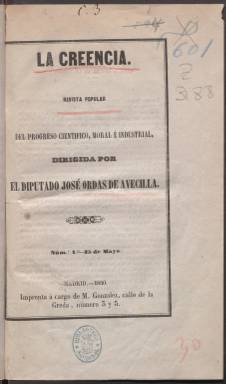
Título: La Creencia (Madrid)
Colección: Revistas de información general
Ámbito geográfico: Madrid
Lugar de publicación: Madrid
Fechas: 25/05/1850-08/07/1850